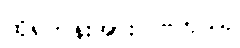
ထိုရဟန်းအား။ ဗဟုဿု